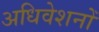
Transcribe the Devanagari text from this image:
अधिवेशनोँ